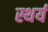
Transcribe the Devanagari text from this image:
स्थर्य